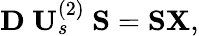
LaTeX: \mathbf{D}\ \mathbf{U}_{s}^{(2)}\ \mathbf{S}=\mathbf{S}\mathbf{X},